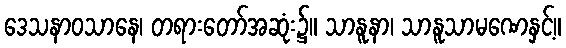
ဒေသနာဝသာနေ၊ တရားတော်အဆုံး၌။ သာနူနာ၊ သာနူသာမဏေနှင့်။